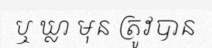
ឬ ឃ្លា មុន ត្រូវបាន